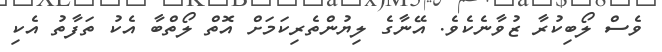
ވެސް ލޯބިކުރާ ޒުވާނެކެވެ. އޭނާގެ ލިޔުންތެރިކަމަށް އޮތް ލޯތްބާ އެކު ތަފާތު އެކި